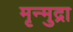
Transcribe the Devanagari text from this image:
मृन्मुद्रा